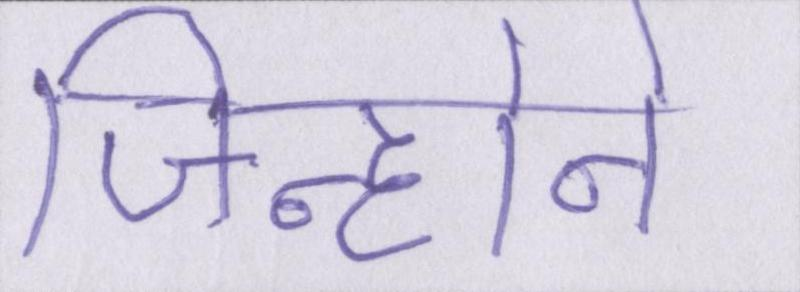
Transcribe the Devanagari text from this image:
जिन्होने